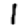
Digit: 1